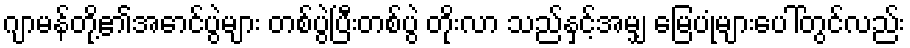
ဂျာမန်တို့၏အောင်ပွဲများ တစ်ပွဲပြီးတစ်ပွဲ တိုးလာ သည်နှင့်အမျှ မြေပုံများပေါ်တွင်လည်း